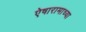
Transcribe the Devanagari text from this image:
ऐषारामाच्या